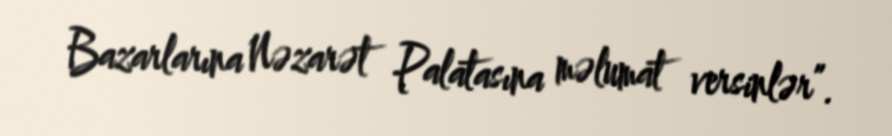
Bazarlarına Nəzarət Palatasına məlumat versinlər”.